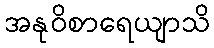
အနုဝိစာရေယျာသိ